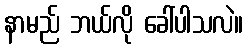
နာမည် ဘယ်လို ခေါ်ပါသလဲ။